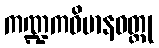
ကဏ္ဍကဝိမာနဝတ္ထု